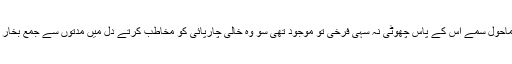
یخ بستہ موت کے ماحول سمے اس کے پاس چھوٹی نہ سہی فرخی تو موجود تھی سو وہ خالی چارپائی کو مخاطب کرتے دل میں مدتوں سے جمع بخار کو ہلکا کرتی رہی۔